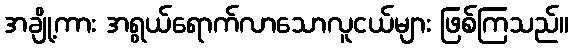
အချို့ကား အရွယ်ရောက်လာသောလူငယ်များ ဖြစ်ကြသည်။